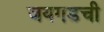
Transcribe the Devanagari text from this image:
जयगडची